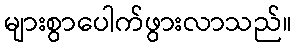
များစွာပေါက်ဖွားလာသည်။